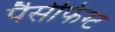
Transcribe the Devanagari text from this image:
पैसेफिग्ट